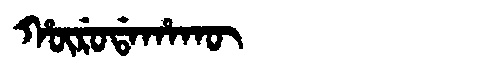
Manchu: ᡥᡡᡵᡠᡩᠠᡥᠠᡴᡡ
Romanization: HŪRUDAHAKŪ